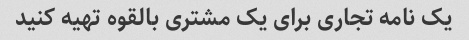
یک نامه تجاری برای یک مشتری بالقوه تهیه کنید